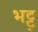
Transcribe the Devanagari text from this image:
भट्ट्